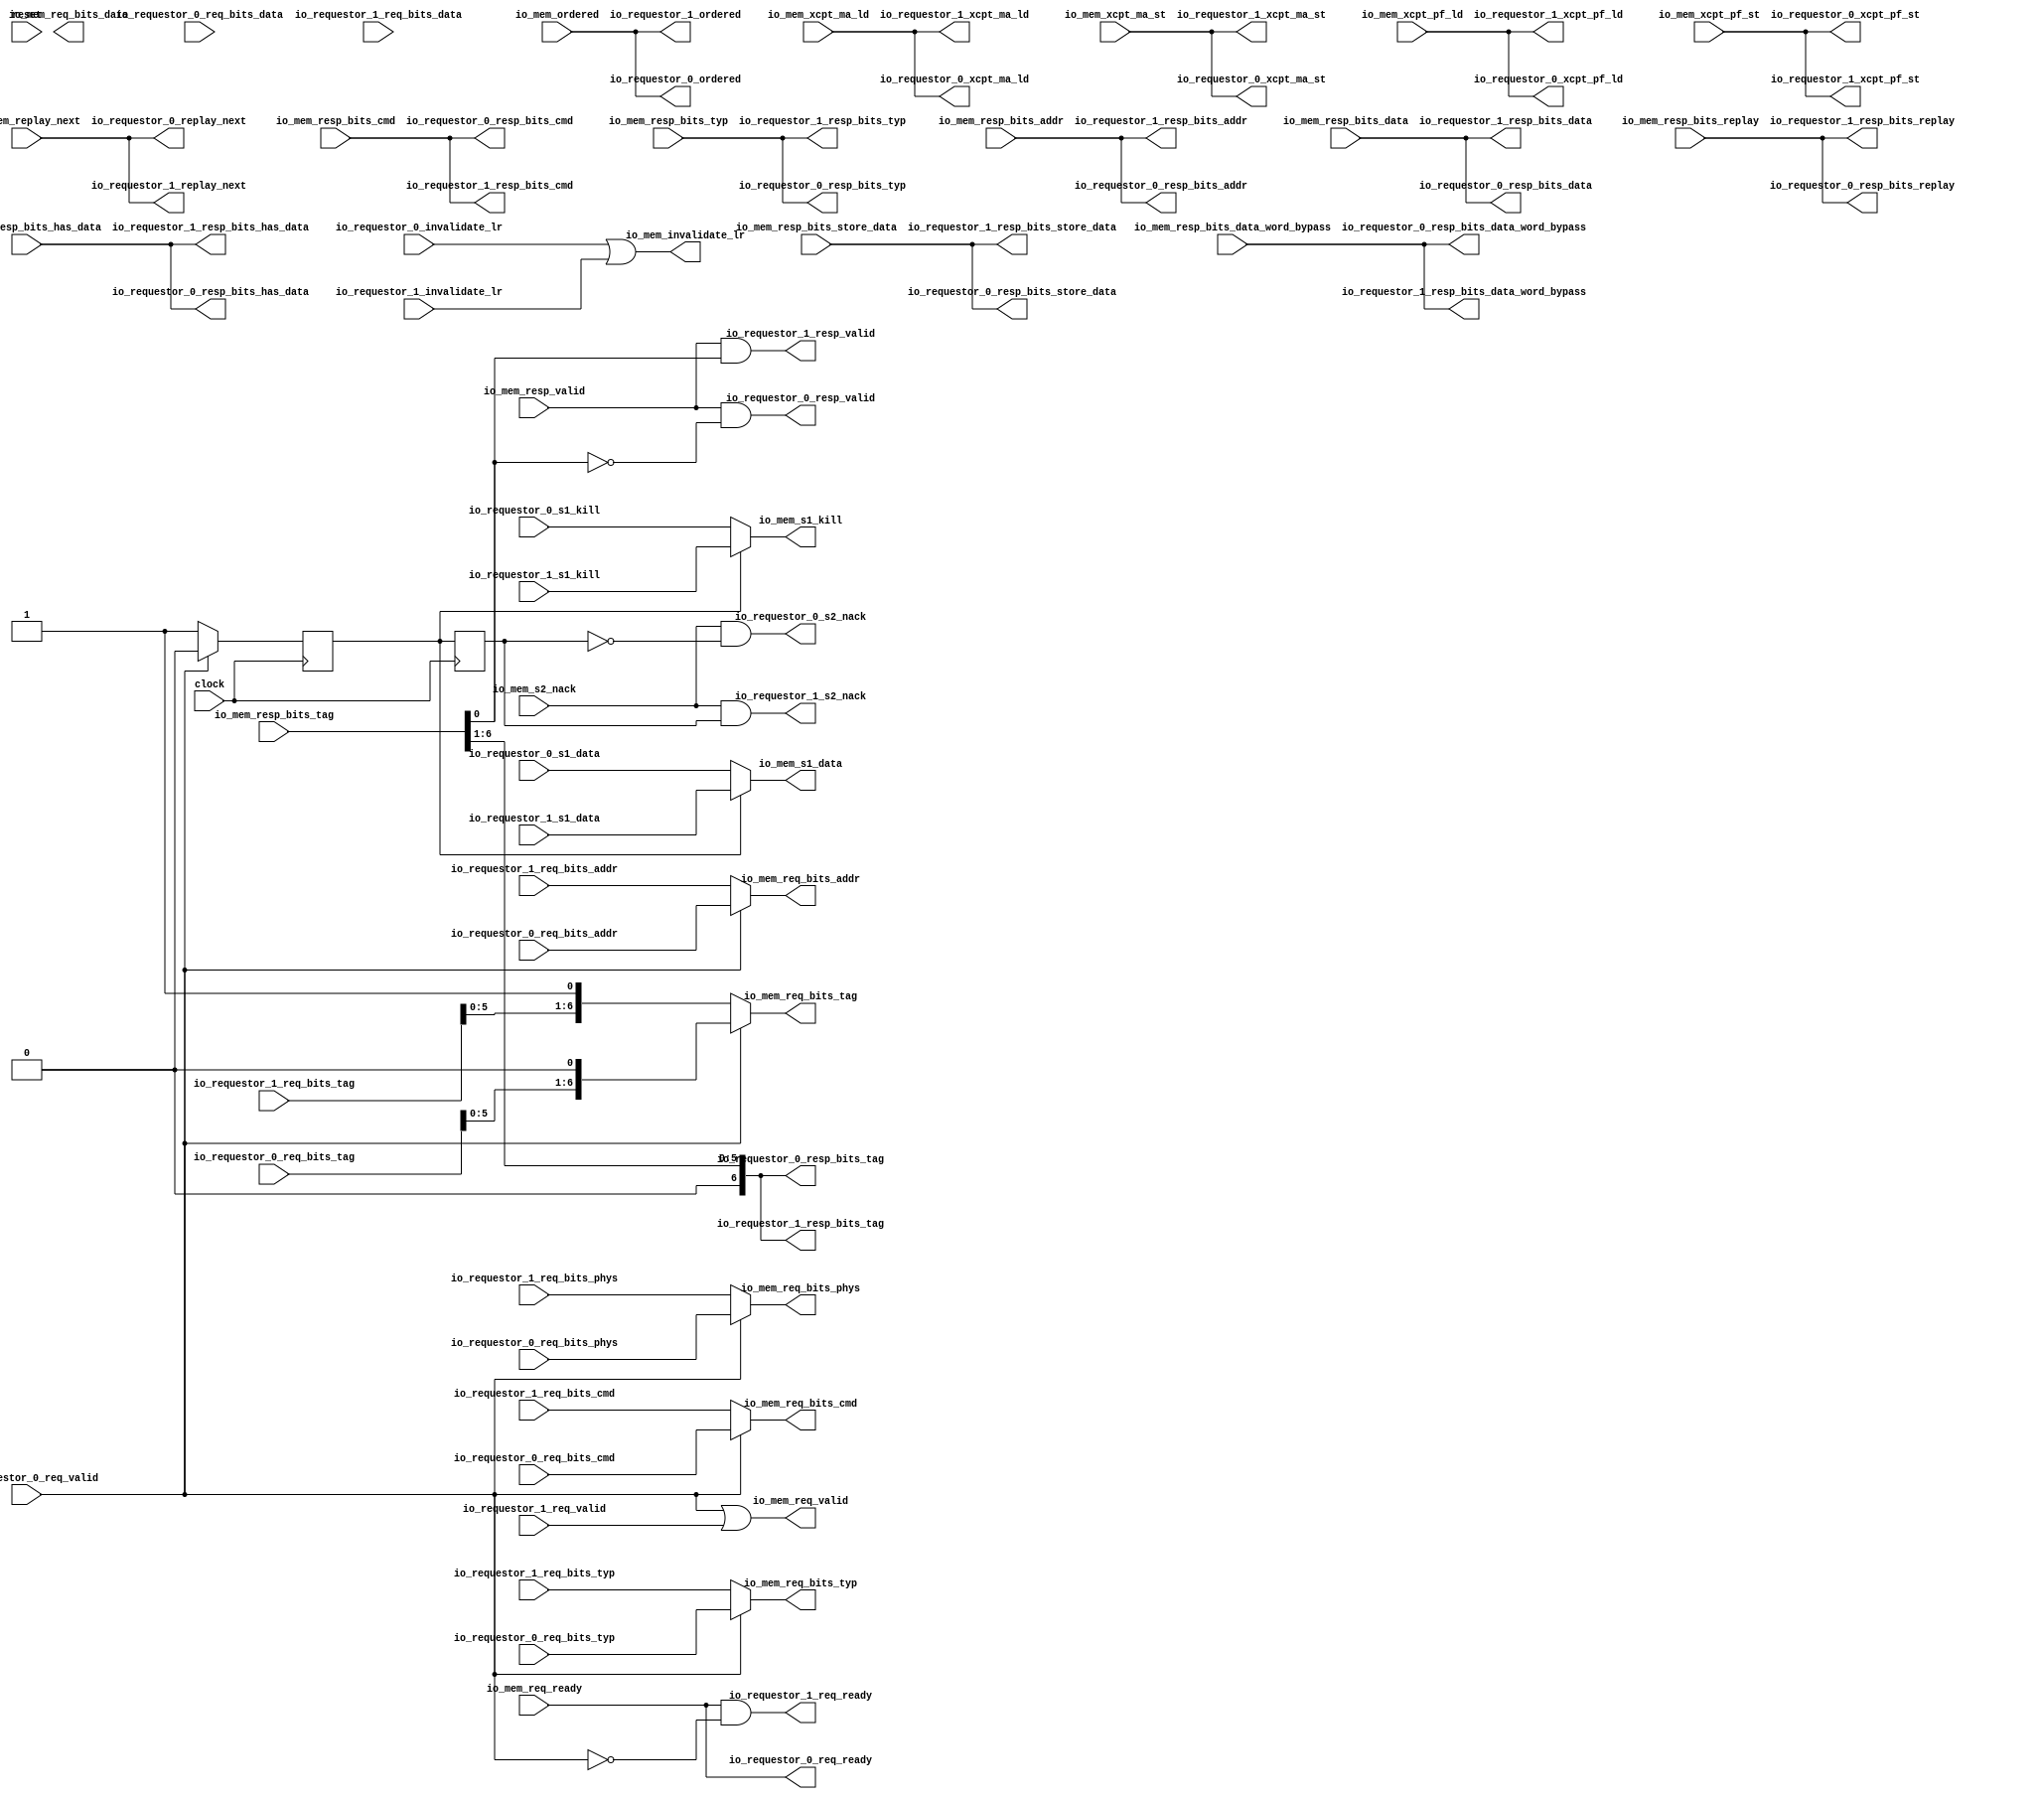
module HellaCacheArbiter(
  input   clock,
  input   reset,
  output  io_requestor_0_req_ready,
  input   io_requestor_0_req_valid,
  input  [39:0] io_requestor_0_req_bits_addr,
  input  [6:0] io_requestor_0_req_bits_tag,
  input  [4:0] io_requestor_0_req_bits_cmd,
  input  [2:0] io_requestor_0_req_bits_typ,
  input   io_requestor_0_req_bits_phys,
  input  [63:0] io_requestor_0_req_bits_data,
  input   io_requestor_0_s1_kill,
  input  [63:0] io_requestor_0_s1_data,
  output  io_requestor_0_s2_nack,
  output  io_requestor_0_resp_valid,
  output [39:0] io_requestor_0_resp_bits_addr,
  output [6:0] io_requestor_0_resp_bits_tag,
  output [4:0] io_requestor_0_resp_bits_cmd,
  output [2:0] io_requestor_0_resp_bits_typ,
  output [63:0] io_requestor_0_resp_bits_data,
  output  io_requestor_0_resp_bits_replay,
  output  io_requestor_0_resp_bits_has_data,
  output [63:0] io_requestor_0_resp_bits_data_word_bypass,
  output [63:0] io_requestor_0_resp_bits_store_data,
  output  io_requestor_0_replay_next,
  output  io_requestor_0_xcpt_ma_ld,
  output  io_requestor_0_xcpt_ma_st,
  output  io_requestor_0_xcpt_pf_ld,
  output  io_requestor_0_xcpt_pf_st,
  input   io_requestor_0_invalidate_lr,
  output  io_requestor_0_ordered,
  output  io_requestor_1_req_ready,
  input   io_requestor_1_req_valid,
  input  [39:0] io_requestor_1_req_bits_addr,
  input  [6:0] io_requestor_1_req_bits_tag,
  input  [4:0] io_requestor_1_req_bits_cmd,
  input  [2:0] io_requestor_1_req_bits_typ,
  input   io_requestor_1_req_bits_phys,
  input  [63:0] io_requestor_1_req_bits_data,
  input   io_requestor_1_s1_kill,
  input  [63:0] io_requestor_1_s1_data,
  output  io_requestor_1_s2_nack,
  output  io_requestor_1_resp_valid,
  output [39:0] io_requestor_1_resp_bits_addr,
  output [6:0] io_requestor_1_resp_bits_tag,
  output [4:0] io_requestor_1_resp_bits_cmd,
  output [2:0] io_requestor_1_resp_bits_typ,
  output [63:0] io_requestor_1_resp_bits_data,
  output  io_requestor_1_resp_bits_replay,
  output  io_requestor_1_resp_bits_has_data,
  output [63:0] io_requestor_1_resp_bits_data_word_bypass,
  output [63:0] io_requestor_1_resp_bits_store_data,
  output  io_requestor_1_replay_next,
  output  io_requestor_1_xcpt_ma_ld,
  output  io_requestor_1_xcpt_ma_st,
  output  io_requestor_1_xcpt_pf_ld,
  output  io_requestor_1_xcpt_pf_st,
  input   io_requestor_1_invalidate_lr,
  output  io_requestor_1_ordered,
  input   io_mem_req_ready,
  output  io_mem_req_valid,
  output [39:0] io_mem_req_bits_addr,
  output [6:0] io_mem_req_bits_tag,
  output [4:0] io_mem_req_bits_cmd,
  output [2:0] io_mem_req_bits_typ,
  output  io_mem_req_bits_phys,
  output [63:0] io_mem_req_bits_data,
  output  io_mem_s1_kill,
  output [63:0] io_mem_s1_data,
  input   io_mem_s2_nack,
  input   io_mem_resp_valid,
  input  [39:0] io_mem_resp_bits_addr,
  input  [6:0] io_mem_resp_bits_tag,
  input  [4:0] io_mem_resp_bits_cmd,
  input  [2:0] io_mem_resp_bits_typ,
  input  [63:0] io_mem_resp_bits_data,
  input   io_mem_resp_bits_replay,
  input   io_mem_resp_bits_has_data,
  input  [63:0] io_mem_resp_bits_data_word_bypass,
  input  [63:0] io_mem_resp_bits_store_data,
  input   io_mem_replay_next,
  input   io_mem_xcpt_ma_ld,
  input   io_mem_xcpt_ma_st,
  input   io_mem_xcpt_pf_ld,
  input   io_mem_xcpt_pf_st,
  output  io_mem_invalidate_lr,
  input   io_mem_ordered
);
  reg  _T_873;
  reg [31:0] _GEN_9;
  reg  _T_874;
  reg [31:0] _GEN_10;
  wire  _T_875;
  wire  _T_876;
  wire  _T_878;
  wire  _T_879;
  wire [7:0] _T_881;
  wire [7:0] _T_884;
  wire [4:0] _GEN_0;
  wire [2:0] _GEN_1;
  wire [39:0] _GEN_2;
  wire  _GEN_3;
  wire [7:0] _GEN_4;
  wire  _GEN_5;
  wire  _T_887;
  wire  _GEN_6;
  wire [63:0] _GEN_7;
  wire  _T_888;
  wire  _T_890;
  wire  _T_891;
  wire  _T_893;
  wire  _T_894;
  wire [5:0] _T_895;
  wire  _T_899;
  wire  _T_902;
  reg [63:0] _GEN_8;
  reg [63:0] _GEN_11;
  assign io_requestor_0_req_ready = io_mem_req_ready;
  assign io_requestor_0_s2_nack = _T_894;
  assign io_requestor_0_resp_valid = _T_891;
  assign io_requestor_0_resp_bits_addr = io_mem_resp_bits_addr;
  assign io_requestor_0_resp_bits_tag = {{1'd0}, _T_895};
  assign io_requestor_0_resp_bits_cmd = io_mem_resp_bits_cmd;
  assign io_requestor_0_resp_bits_typ = io_mem_resp_bits_typ;
  assign io_requestor_0_resp_bits_data = io_mem_resp_bits_data;
  assign io_requestor_0_resp_bits_replay = io_mem_resp_bits_replay;
  assign io_requestor_0_resp_bits_has_data = io_mem_resp_bits_has_data;
  assign io_requestor_0_resp_bits_data_word_bypass = io_mem_resp_bits_data_word_bypass;
  assign io_requestor_0_resp_bits_store_data = io_mem_resp_bits_store_data;
  assign io_requestor_0_replay_next = io_mem_replay_next;
  assign io_requestor_0_xcpt_ma_ld = io_mem_xcpt_ma_ld;
  assign io_requestor_0_xcpt_ma_st = io_mem_xcpt_ma_st;
  assign io_requestor_0_xcpt_pf_ld = io_mem_xcpt_pf_ld;
  assign io_requestor_0_xcpt_pf_st = io_mem_xcpt_pf_st;
  assign io_requestor_0_ordered = io_mem_ordered;
  assign io_requestor_1_req_ready = _T_879;
  assign io_requestor_1_s2_nack = _T_902;
  assign io_requestor_1_resp_valid = _T_899;
  assign io_requestor_1_resp_bits_addr = io_mem_resp_bits_addr;
  assign io_requestor_1_resp_bits_tag = {{1'd0}, _T_895};
  assign io_requestor_1_resp_bits_cmd = io_mem_resp_bits_cmd;
  assign io_requestor_1_resp_bits_typ = io_mem_resp_bits_typ;
  assign io_requestor_1_resp_bits_data = io_mem_resp_bits_data;
  assign io_requestor_1_resp_bits_replay = io_mem_resp_bits_replay;
  assign io_requestor_1_resp_bits_has_data = io_mem_resp_bits_has_data;
  assign io_requestor_1_resp_bits_data_word_bypass = io_mem_resp_bits_data_word_bypass;
  assign io_requestor_1_resp_bits_store_data = io_mem_resp_bits_store_data;
  assign io_requestor_1_replay_next = io_mem_replay_next;
  assign io_requestor_1_xcpt_ma_ld = io_mem_xcpt_ma_ld;
  assign io_requestor_1_xcpt_ma_st = io_mem_xcpt_ma_st;
  assign io_requestor_1_xcpt_pf_ld = io_mem_xcpt_pf_ld;
  assign io_requestor_1_xcpt_pf_st = io_mem_xcpt_pf_st;
  assign io_requestor_1_ordered = io_mem_ordered;
  assign io_mem_req_valid = _T_876;
  assign io_mem_req_bits_addr = _GEN_2;
  assign io_mem_req_bits_tag = _GEN_4[6:0];
  assign io_mem_req_bits_cmd = _GEN_0;
  assign io_mem_req_bits_typ = _GEN_1;
  assign io_mem_req_bits_phys = _GEN_3;
  assign io_mem_req_bits_data = _GEN_8;
  assign io_mem_s1_kill = _GEN_6;
  assign io_mem_s1_data = _GEN_7;
  assign io_mem_invalidate_lr = _T_875;
  assign _T_875 = io_requestor_0_invalidate_lr | io_requestor_1_invalidate_lr;
  assign _T_876 = io_requestor_0_req_valid | io_requestor_1_req_valid;
  assign _T_878 = io_requestor_0_req_valid == 1'h0;
  assign _T_879 = io_requestor_0_req_ready & _T_878;
  assign _T_881 = {io_requestor_1_req_bits_tag,1'h1};
  assign _T_884 = {io_requestor_0_req_bits_tag,1'h0};
  assign _GEN_0 = io_requestor_0_req_valid ? io_requestor_0_req_bits_cmd : io_requestor_1_req_bits_cmd;
  assign _GEN_1 = io_requestor_0_req_valid ? io_requestor_0_req_bits_typ : io_requestor_1_req_bits_typ;
  assign _GEN_2 = io_requestor_0_req_valid ? io_requestor_0_req_bits_addr : io_requestor_1_req_bits_addr;
  assign _GEN_3 = io_requestor_0_req_valid ? io_requestor_0_req_bits_phys : io_requestor_1_req_bits_phys;
  assign _GEN_4 = io_requestor_0_req_valid ? _T_884 : _T_881;
  assign _GEN_5 = io_requestor_0_req_valid ? 1'h0 : 1'h1;
  assign _T_887 = _T_873 == 1'h0;
  assign _GEN_6 = _T_887 ? io_requestor_0_s1_kill : io_requestor_1_s1_kill;
  assign _GEN_7 = _T_887 ? io_requestor_0_s1_data : io_requestor_1_s1_data;
  assign _T_888 = io_mem_resp_bits_tag[0];
  assign _T_890 = _T_888 == 1'h0;
  assign _T_891 = io_mem_resp_valid & _T_890;
  assign _T_893 = _T_874 == 1'h0;
  assign _T_894 = io_mem_s2_nack & _T_893;
  assign _T_895 = io_mem_resp_bits_tag[6:1];
  assign _T_899 = io_mem_resp_valid & _T_888;
  assign _T_902 = io_mem_s2_nack & _T_874;
`ifdef RANDOMIZE
  integer initvar;
  initial begin
    `ifndef verilator
      #0.002 begin end
    `endif
  `ifdef RANDOMIZE_REG_INIT
  _GEN_9 = {1{$random}};
  _T_873 = _GEN_9[0:0];
  `endif
  `ifdef RANDOMIZE_REG_INIT
  _GEN_10 = {1{$random}};
  _T_874 = _GEN_10[0:0];
  `endif
  `ifdef RANDOMIZE_REG_INIT
  _GEN_11 = {2{$random}};
  _GEN_8 = _GEN_11[63:0];
  `endif
  end
`endif
  always @(posedge clock) begin
    if (io_requestor_0_req_valid) begin
      _T_873 <= 1'h0;
    end else begin
      _T_873 <= 1'h1;
    end
    _T_874 <= _T_873;
  end
endmodule